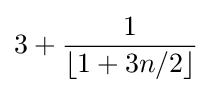
3+{\frac {1}{\lfloor 1+3n/2\rfloor }}